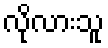
လိုလားသူ